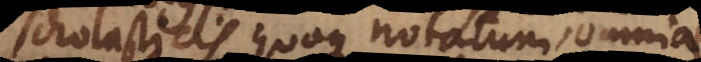
Scholasticis quoque notatum, omnia